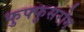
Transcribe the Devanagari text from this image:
फुफ्फुसरोग